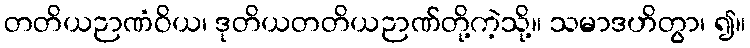
တတိယဉာဏံဝိယ၊ ဒုတိယတတိယဉာဏ်တို့ကဲ့သို့။ သမာဒဟိတွာ၊ ၍။